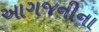
આગજનીના